Annual administration report of the Civil Veterinary Department of India - 1906-1907
Year: 1906
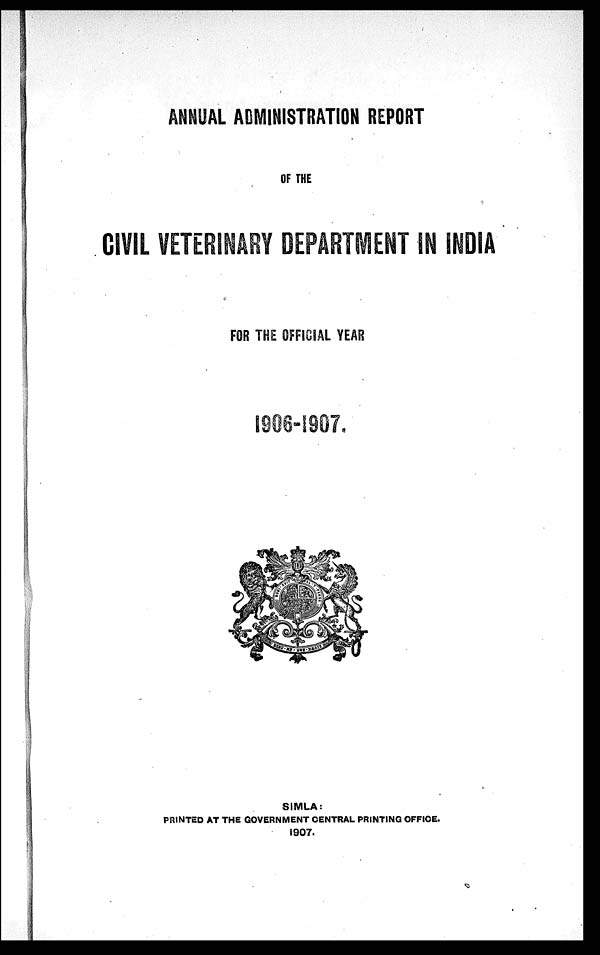
ANNUAL ADMINISTRATION REPORT
OF THE
CIVIL VETERINARY DEPARTMENT IN INDIA
FOR THE OFFICIAL YEAR
1906-1907.
SIMLA:
PRINTED AT THE GOVERNMENT CENTRAL PRINTING OFFICE.
1907.